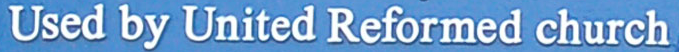
Used by United Reformed church